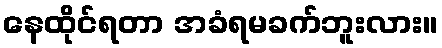
နေထိုင်ရတာ အခံရမခက်ဘူးလား။